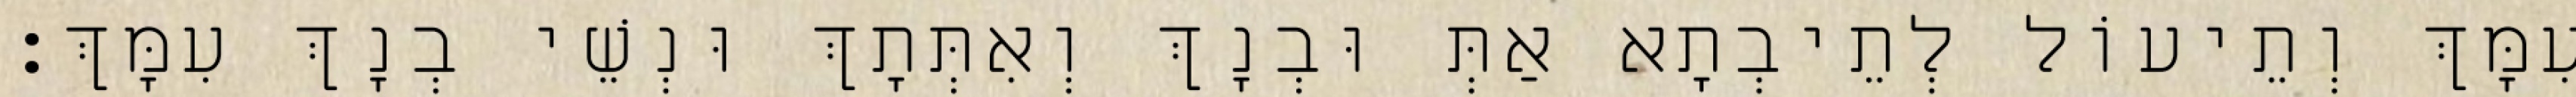
עִמָּךְ וְתֵיעוֹל לְתֵיבְתָא אַתְּ וּבְנָךְ וְאִתְּתָךְ וּנְשֵׁי בְנָךְ עִמָּךְ׃